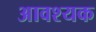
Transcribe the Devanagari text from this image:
अावश्यक